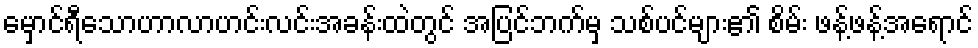
မှောင်ရီသောဟာလာဟင်းလင်းအခန်းထဲတွင် အပြင်ဘက်မှ သစ်ပင်များ၏ စိမ်း ဖန့်ဖန့်အရောင်